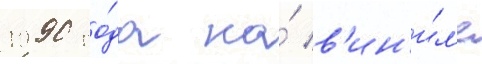
1990 го́да на́ в'ин'и́л'е